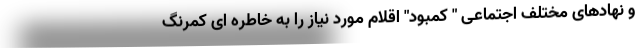
و نهادهای مختلف اجتماعی " کمبود" اقلام مورد نیاز را به خاطره ای کمرنگ